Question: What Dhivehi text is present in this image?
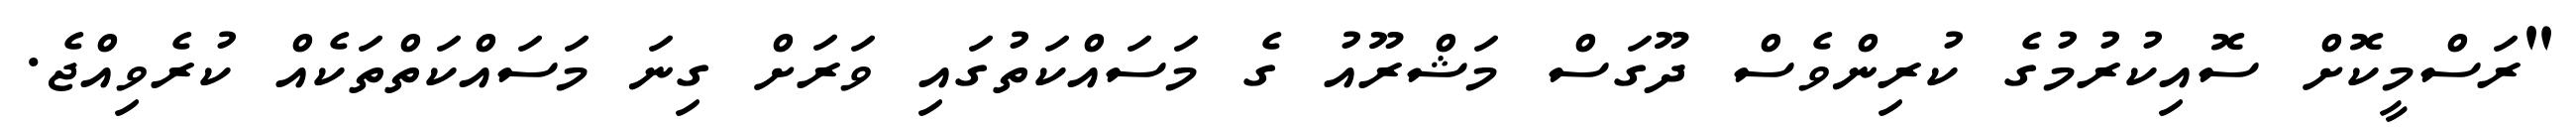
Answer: "ރަސްމީކޮށް ސޮއިކުރުމުގެ ކުރިންވެސް ދޫގަސް މަޝްރޫއު ގެ މަސައްކަތުގައި ވަރަށް ގިނަ މަސައްކަތްތަކެއް ކުރެވިއްޖެ.